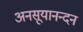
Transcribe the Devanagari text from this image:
अनसूयानन्‍दन